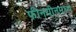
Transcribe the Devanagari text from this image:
फीनयीनमध्ये